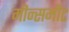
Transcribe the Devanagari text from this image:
मीन्समीट